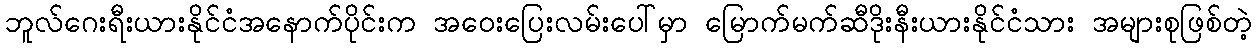
ဘူလ်ဂေးရီးယားနိုင်ငံအနောက်ပိုင်းက အဝေးပြေးလမ်းပေါ်မှာ မြောက်မက်ဆီဒိုးနီးယားနိုင်ငံသား အများစုဖြစ်တဲ့